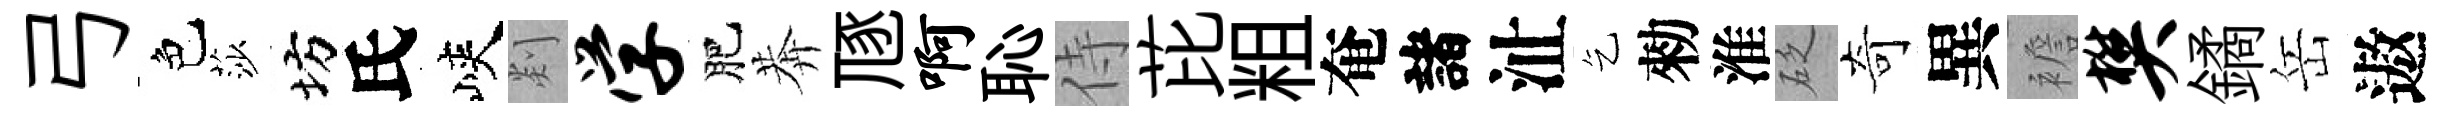
弓色莎坊氏峽剡学肥莾豗啊恥侍芘粗奄諸沚乞勑淮砭奇異襜樊鐍岳遨